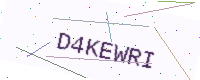
Text: D4KEWRI